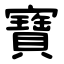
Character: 寶